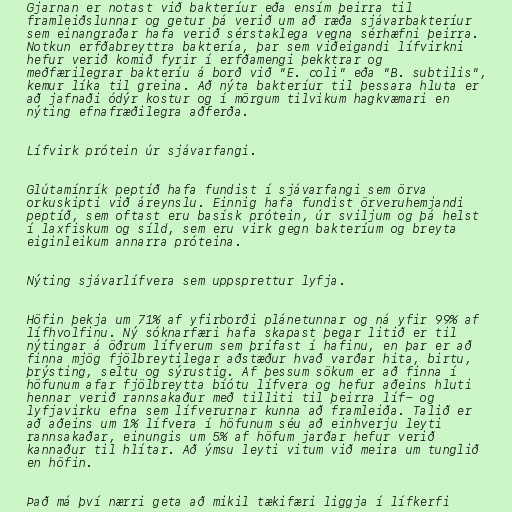
Gjarnan er notast við bakteríur eða ensím þeirra til
framleiðslunnar og getur þá verið um að ræða sjávarbakteríur
sem einangraðar hafa verið sérstaklega vegna sérhæfni þeirra.
Notkun erfðabreyttra baktería, þar sem viðeigandi lífvirkni
hefur verið komið fyrir í erfðamengi þekktrar og
meðfærilegrar bakteríu á borð við "E. coli" eða "B. subtilis",
kemur líka til greina. Að nýta bakteríur til þessara hluta er
að jafnaði ódýr kostur og í mörgum tilvikum hagkvæmari en
nýting efnafræðilegra aðferða.

Lífvirk prótein úr sjávarfangi.

Glútamínrík peptíð hafa fundist í sjávarfangi sem örva
orkuskipti við áreynslu. Einnig hafa fundist örveruhemjandi
peptíð, sem oftast eru basísk prótein, úr sviljum og þá helst
í laxfiskum og síld, sem eru virk gegn bakteríum og breyta
eiginleikum annarra próteina.

Nýting sjávarlífvera sem uppsprettur lyfja.

Höfin þekja um 71% af yfirborði plánetunnar og ná yfir 99% af
lífhvolfinu. Ný sóknarfæri hafa skapast þegar litið er til
nýtingar á öðrum lífverum sem þrífast í hafinu, en þar er að
finna mjög fjölbreytilegar aðstæður hvað varðar hita, birtu,
þrýsting, seltu og sýrustig. Af þessum sökum er að finna í
höfunum afar fjölbreytta bíótu lífvera og hefur aðeins hluti
hennar verið rannsakaður með tilliti til þeirra líf- og
lyfjavirku efna sem lífverurnar kunna að framleiða. Talið er
að aðeins um 1% lífvera í höfunum séu að einhverju leyti
rannsakaðar, einungis um 5% af höfum jarðar hefur verið
kannaður til hlítar. Að ýmsu leyti vitum við meira um tunglið
en höfin.

Það má því nærri geta að mikil tækifæri liggja í lífkerfi